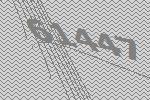
61447